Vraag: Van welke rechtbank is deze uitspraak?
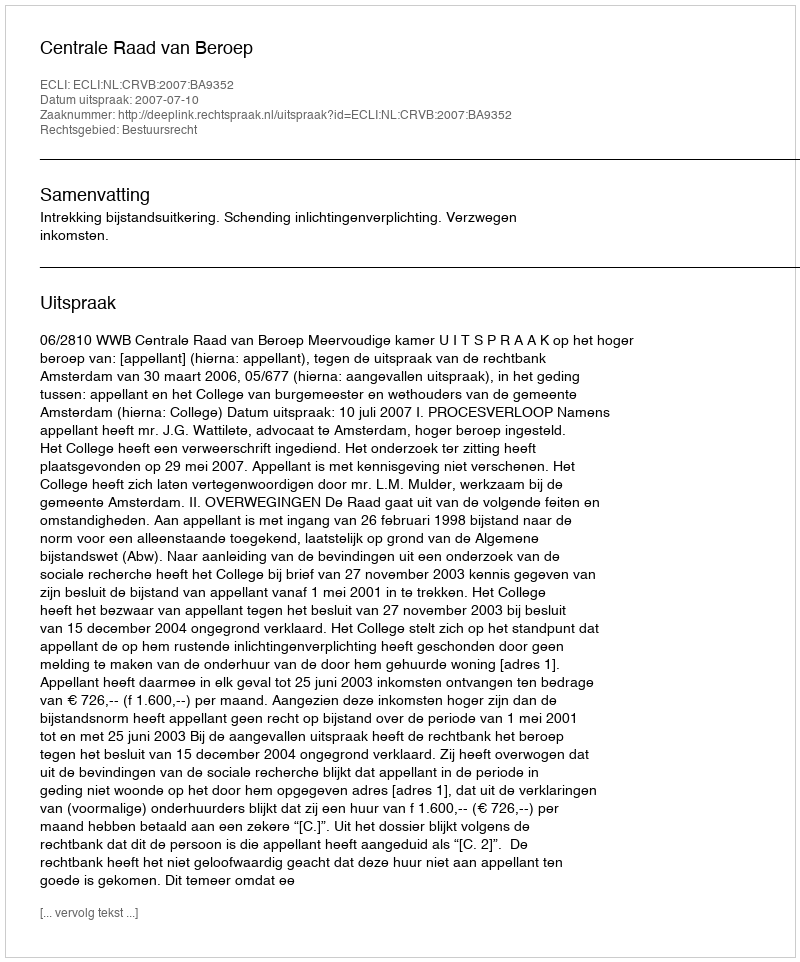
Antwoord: Centrale Raad van Beroep